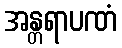
အန္တရာပဏံ